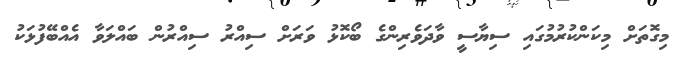
މިގޮތަށް މިކަންކުރުމުގައި ސިޔާސީ ވާދަވެރިންގެ ބޯކޮޅު ވަރަށް ސިއްރު ސިއްރުން ބައްލަވާ އެއްބޭފުޅަކު